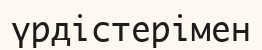
үрдістерімен